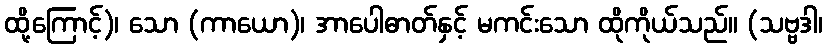
ထို့ကြောင့်)၊ သော (ကာယော)၊ အာပေါဓာတ်နှင့် မကင်းသော ထိုကိုယ်သည်။ (သဗ္ဗဒါ၊